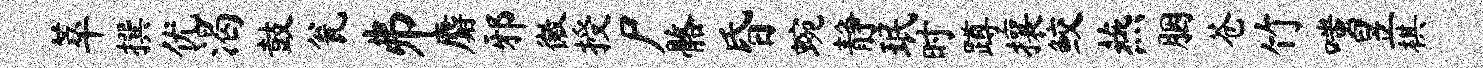
萃撰优渴鼓瓮井麝邪徽授尸髂昏蜿静珉时蹲攘鲛燕胭苍竹嗤昱棋